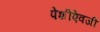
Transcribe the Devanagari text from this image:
पेशीऐवजी